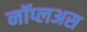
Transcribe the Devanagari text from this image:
नॉप्लअस